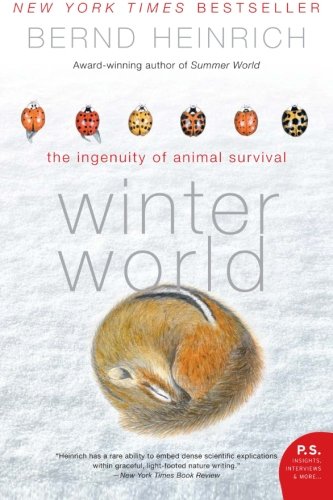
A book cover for Winter World: The Ingenuity of Animal Survival; Bernd Heinrich; Science & Math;